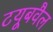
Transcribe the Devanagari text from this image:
टयूबवैल